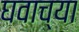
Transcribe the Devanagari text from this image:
घवाच्या